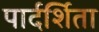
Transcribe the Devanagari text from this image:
पार्दर्शिता